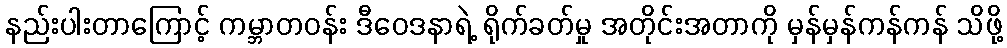
နည်းပါးတာကြောင့် ကမ္ဘာတဝန်း ဒီဝေဒနာရဲ့ ရိုက်ခတ်မှု အတိုင်းအတာကို မှန်မှန်ကန်ကန် သိဖို့